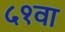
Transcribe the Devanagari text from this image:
५१वा